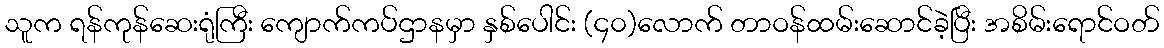
သူက ရန်ကုန်ဆေးရုံကြီး ကျောက်ကပ်ဌာနမှာ နှစ်ပေါင်း (၄၀)လောက် တာဝန်ထမ်းဆောင်ခဲ့ပြီး အစိမ်းရောင်ဝတ်